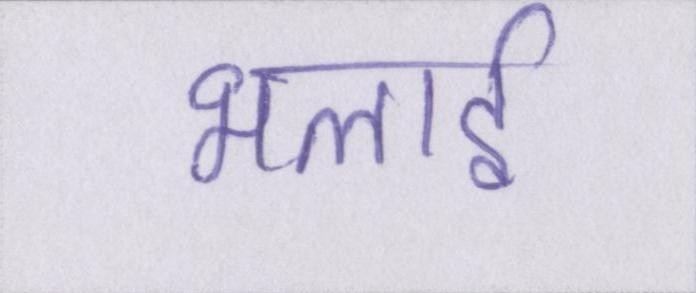
भलाई